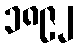
၁၈၉၂